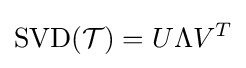
\mathrm {SVD} ({\mathcal {T}})=U\Lambda V^{T}